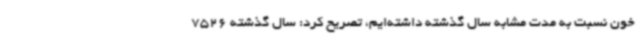
خون نسبت به مدت مشابه سال گذشته داشته‌ایم، تصریح کرد: سال گذشته 7526